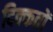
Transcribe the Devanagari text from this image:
दिक्‍कतों